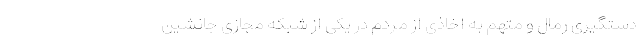
دستگیری رمال و متهم به اخاذی از مردم در یکی از شبکه مجازی جانشین